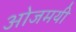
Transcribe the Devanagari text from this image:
ओजमयी